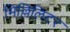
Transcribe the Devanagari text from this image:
मिल्लिलिटर